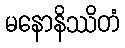
မနောနိဿိတံ